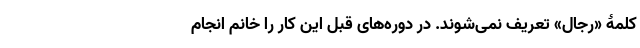
کلمۀ «رجال» تعریف نمی‌شوند. در دوره‌های قبل این کار را خانم انجام